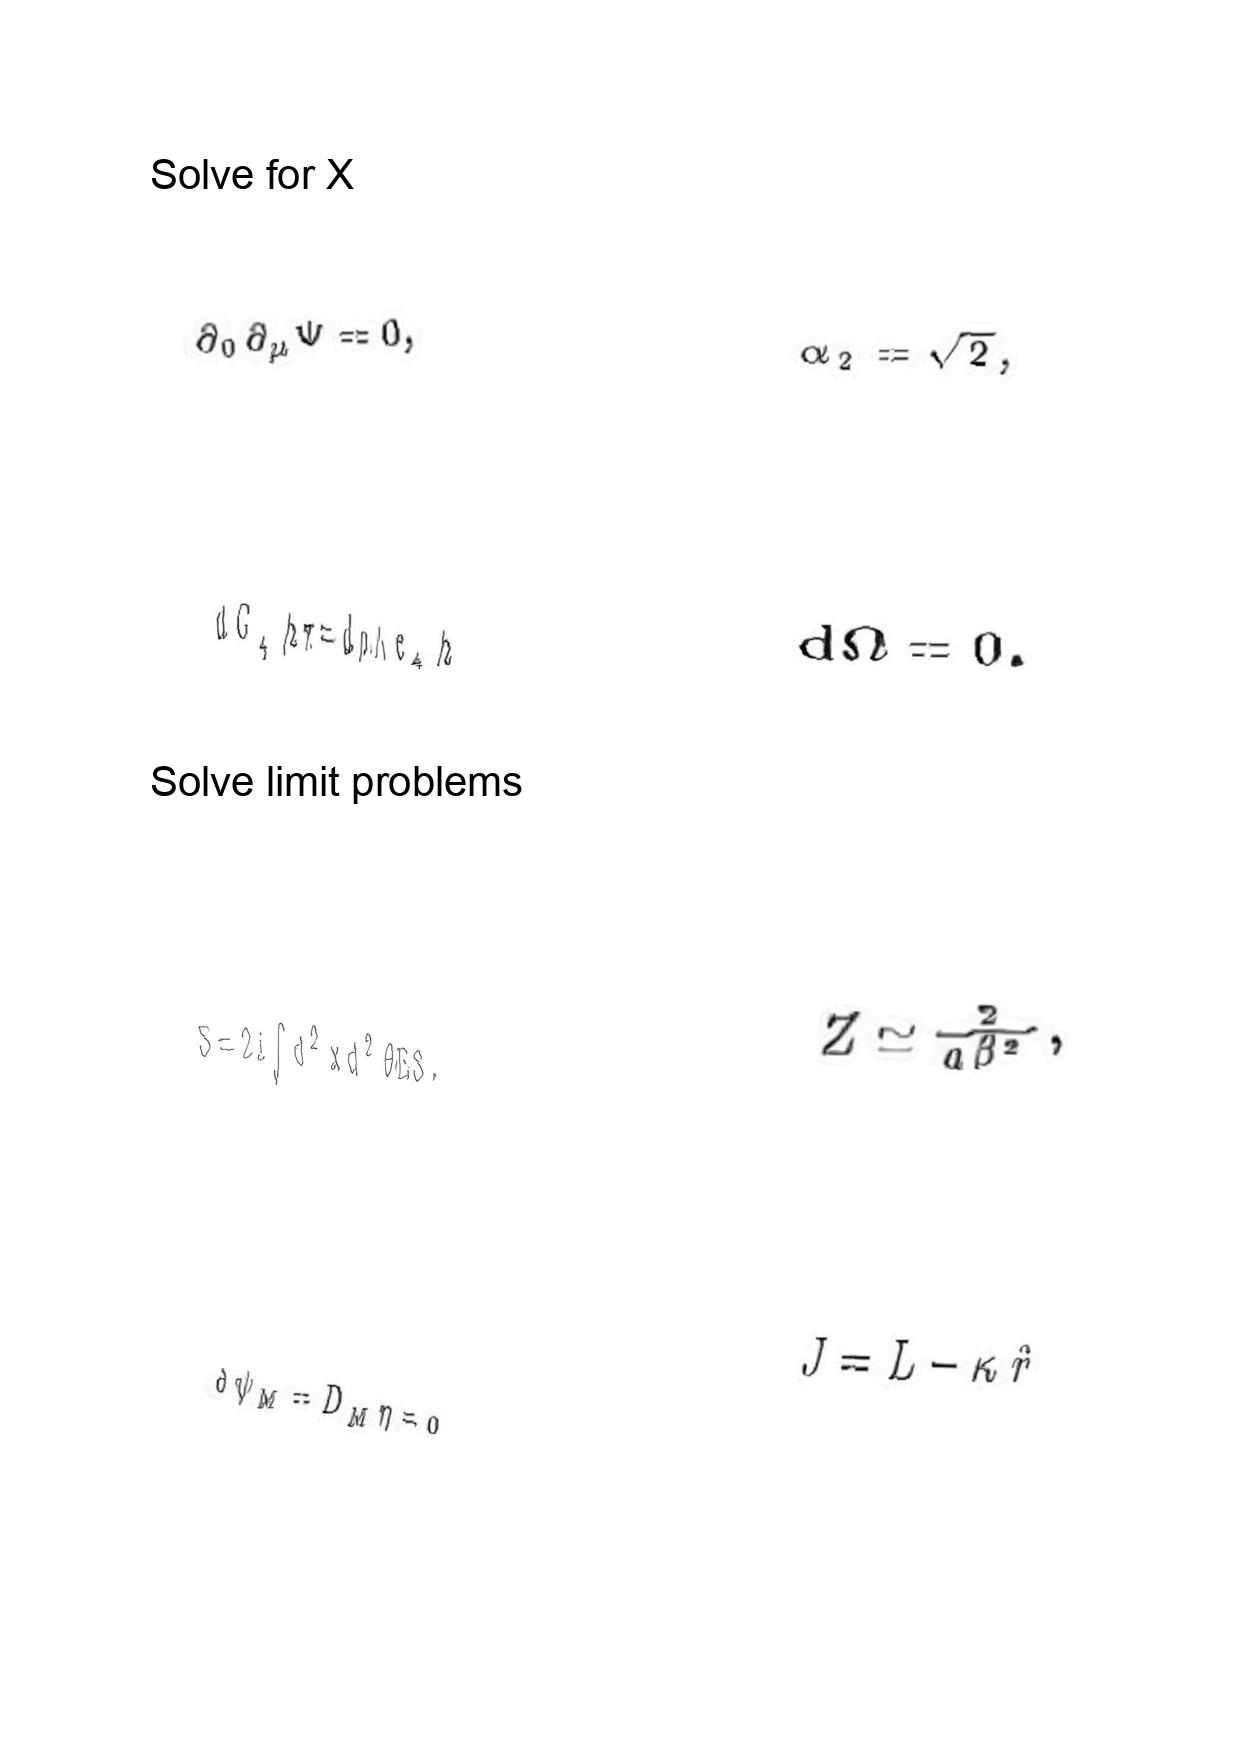
LaTeX transcription:
\partial _ { 0 } \partial _ { \mu } \Psi = 0 ,
d G _ { 4 } / 2 \pi = d \rho \land e _ { 4 } / 2
S = 2 i \int d ^ { 2 } x d ^ { 2 } \theta E S .
\delta \psi _ { M } = D _ { M } \eta = 0
\alpha _ { 2 } = \sqrt { 2 } ,
d \Omega = 0 .
Z \simeq \frac { 2 } { a \beta ^ { 2 } } ,
J = L - \kappa \hat { r }